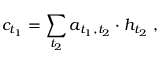
c _ { t _ { 1 } } = \sum _ { t _ { 2 } } { a _ { t _ { 1 } , t _ { 2 } } \cdot h _ { t _ { 2 } } } \ ,